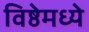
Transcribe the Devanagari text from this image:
विष्ठेमध्ये